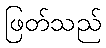
ဖြတ်သည်